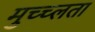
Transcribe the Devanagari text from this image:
मुच्च्लता